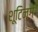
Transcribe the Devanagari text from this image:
शूटिन्ग